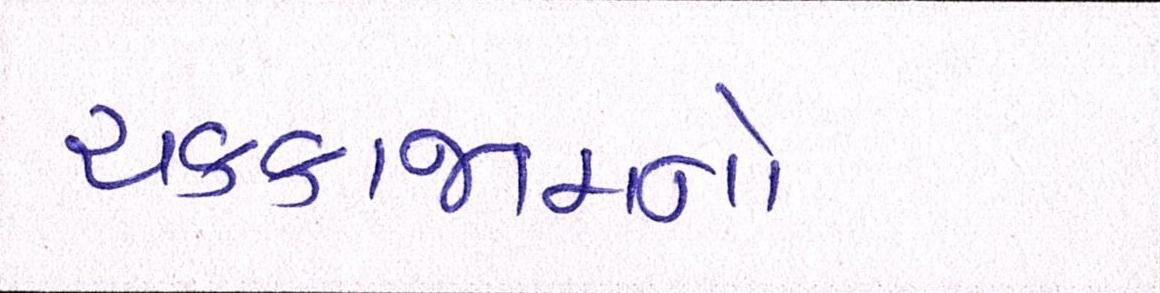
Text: ચક્કાજામનો